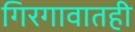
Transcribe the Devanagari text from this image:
गिरगावातही